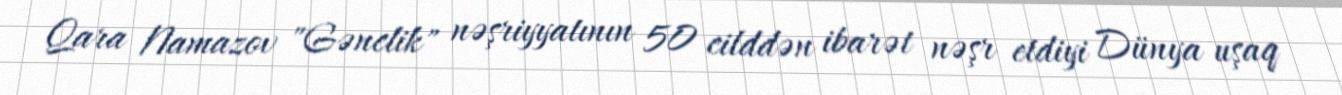
Qara Namazov "Gənclik" nəşriyyatının 50 cilddən ibarət nəşr etdiyi Dünya uşaq